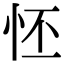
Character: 怌